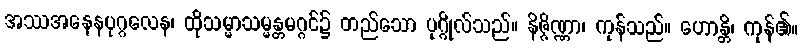
အဿအနေနပုဂ္ဂလေန၊ ထိုသမ္မာသမ္မန္တမဂ္ဂင်၌ တည်သော ပုဂ္ဂိုလ်သည်။ နိဇ္ဇိဏ္ဏာ၊ ကုန်သည်။ ဟောန္တိ၊ ကုန်၏။